Epidemic dropsy in Calcutta - Number 49
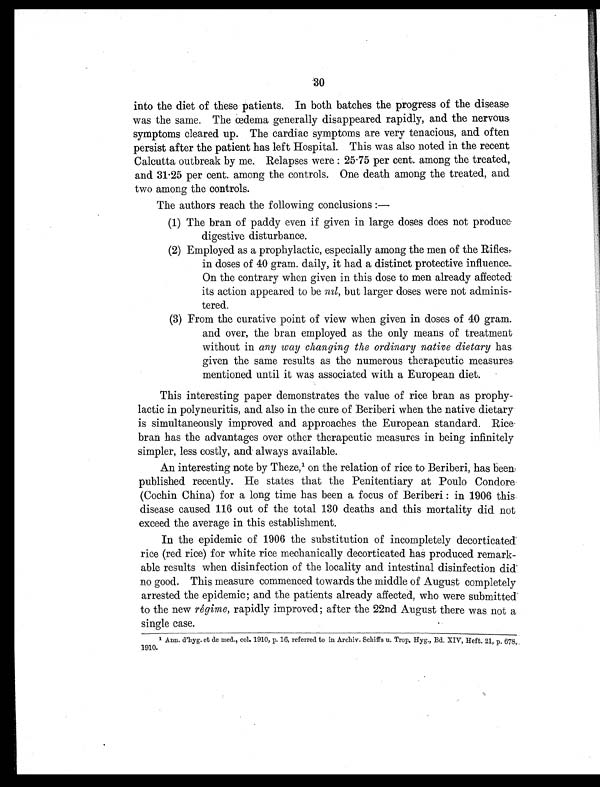
30
into the diet of these patients. In both batches the progress of the disease
was the same. The œdema generally disappeared rapidly, and the nervous
symptoms cleared up. The cardiac symptoms are very tenacious, and often
persist after the patient has left Hospital. This was also noted in the recent
Calcutta outbreak by me. Relapses were: 25.75 per cent. among the treated,.
and 31.25 per cent. among the controls. One death among the treated, and
two among the controls.
The authors reach the following conclusions:—
(1) The bran of paddy even if given in large doses does not produce
digestive disturbance.
(2) Employed as a prophylactic, especially among the men of the Rifles,
in doses of 40 gram. daily, it had a distinct protective influence.
On the contrary when given in this dose to men already affected
its action appeared to be nil, but larger doses were not adminis-
tered.
(3) From the curative point of view when given in doses of 40 gram.
and over, the bran employed as the only means of treatment
without in any way changing the ordinary native dietary has
given the same results as the numerous therapeutic measures
mentioned until it was associated with a European diet.
This interesting paper demonstrates the value of rice bran as prophy-
lactic in polyneuritis, and also in the cure of Beriberi when the native dietary
is simultaneously improved and approaches the European standard. Rice
bran has the advantages over other therapeutic measures in being infinitely
simpler, less costly, and always available.
An interesting note by Theze,1 on the relation of rice to Beriberi, has been
published recently. He states that the Penitentiary at Poulo Condore
(Cochin China) for a long time has been a focus of Beriberi: in 1906 this
disease caused 116 out of the total 130 deaths and this mortality did not
exceed the average in this establishment.
In the epidemic of 1906 the substitution of incompletely decorticated
rice (red rice) for white rice mechanically decorticated has produced remark-
able results when disinfection of the locality and intestinal disinfection did
no good. This measure commenced towards the middle of August completely
arrested the epidemic; and the patients already affected, who were submitted
to the new régime, rapidly improved; after the 22nd August there was not a
single case.
1 Ann. d'hyg. et de med., col. 1910, p. 16, referred to in Archiv. Schiffs u. Trop. Hyg., Bd. XIV, Heft. 21, p. 678,
1910.